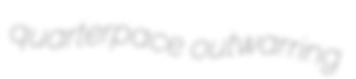
quarterpace outwarring